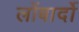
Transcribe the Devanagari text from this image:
लोंबार्दो